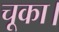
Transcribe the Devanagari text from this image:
चूका।